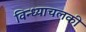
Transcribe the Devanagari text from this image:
विन्ध्याचलकी